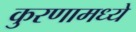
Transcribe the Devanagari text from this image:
कुरणामध्ये